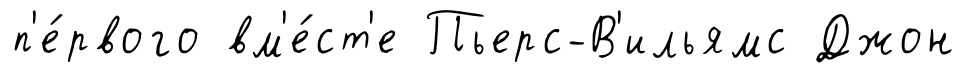
п'е́рвого вм'е́ст'е Пьерс-В'ильямс Джон